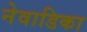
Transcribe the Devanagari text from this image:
नेवाडिका